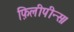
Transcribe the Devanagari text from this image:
फ़िलीपीन्स।